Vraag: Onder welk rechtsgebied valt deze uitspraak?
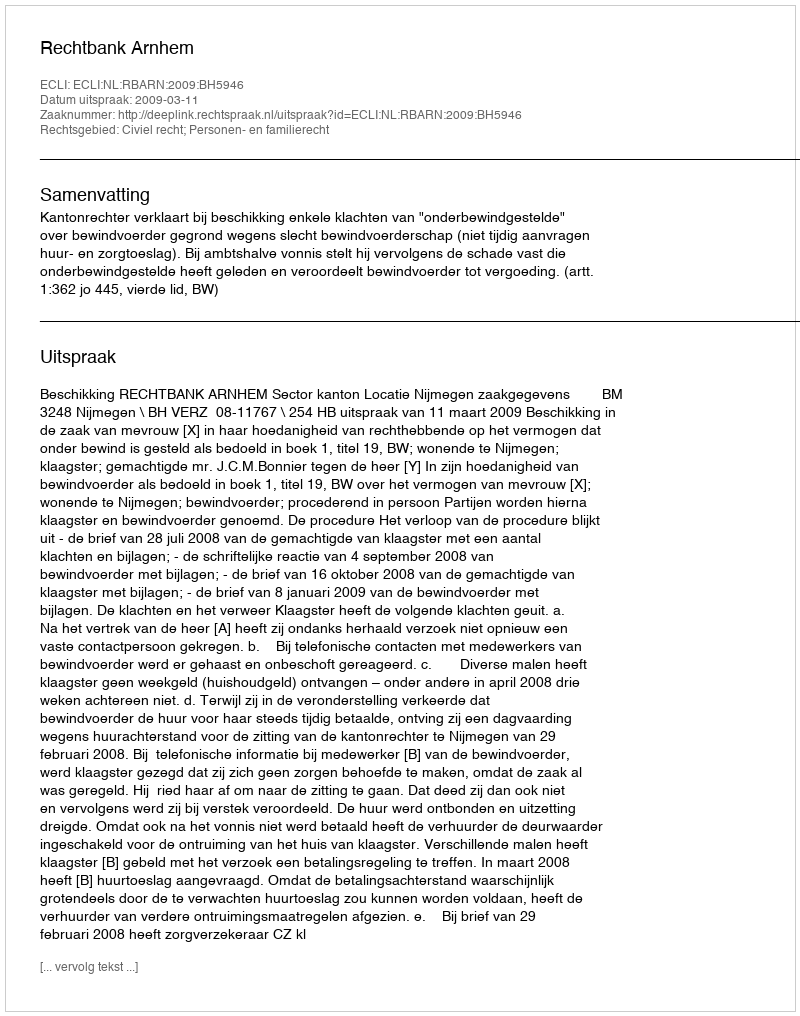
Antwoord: Civiel recht; Personen- en familierecht